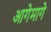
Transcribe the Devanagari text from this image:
आगेमागे